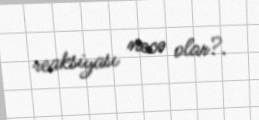
reaksiyası necə olar?.